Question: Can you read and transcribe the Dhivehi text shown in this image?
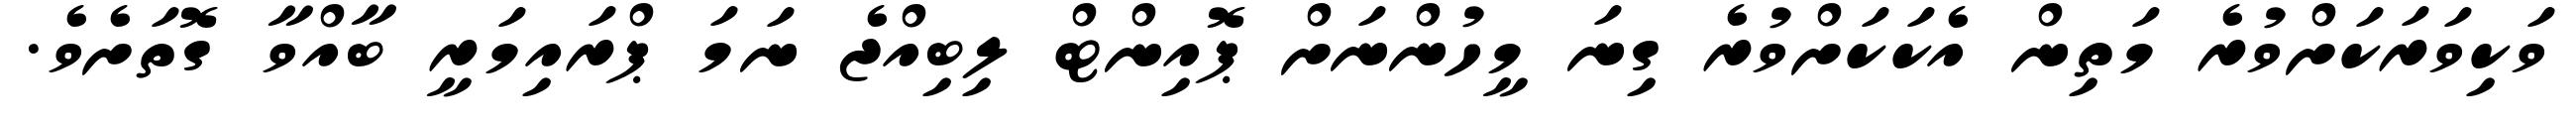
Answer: ވަކިވަރަކަށްވުރެ މަތިން އެކަކަށްވުރެ ގިނަ މީހުންނަށް ޕޮއިންޓް ލިބިއްޖެ ނަމަ ޕްރައިމަރީ ބާއްވާ ގޮތަށެވެ.